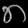
Digit: ၈